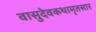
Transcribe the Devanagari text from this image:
वासुदेवकथामृतसार